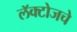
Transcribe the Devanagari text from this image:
लॅक्टोजचे